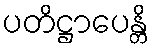
ပတိဋ္ဌာပေန္တိ